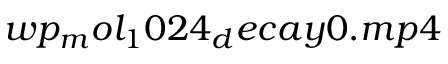
w p _ { m } o l _ { 1 } 0 2 4 _ { d } e c a y 0 . m p 4